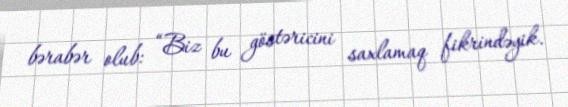
bərabər olub: “Biz bu göstəricini saxlamaq fikrindəyik.